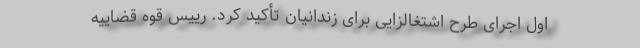
اول اجرای طرح اشتغالزایی برای زندانیان تأکید کرد. رییس قوه قضاییه